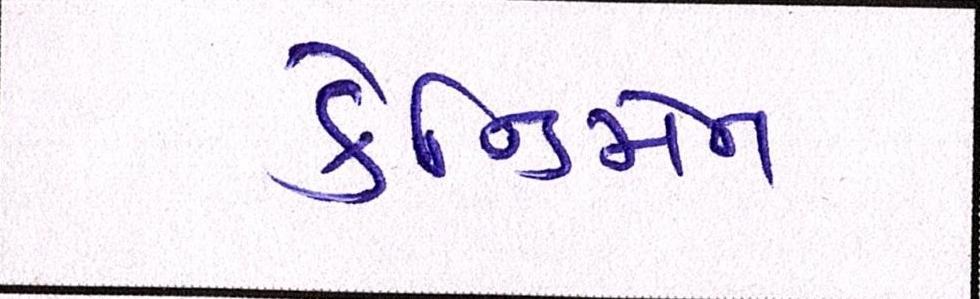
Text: કેન્ડિમેન